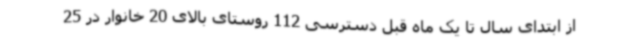
از ابتدای سال تا یک ماه قبل دسترسی 112 روستای بالای 20 خانوار در 25